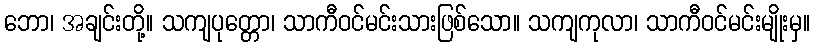
ဘော၊ အချင်းတို့။ သကျပုတ္တော၊ သာကီဝင်မင်းသားဖြစ်သော။ သကျကုလာ၊ သာကီဝင်မင်းမျိုးမှ။